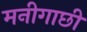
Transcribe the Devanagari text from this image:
मनीगाछी